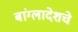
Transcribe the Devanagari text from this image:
बांग्लादेशचे